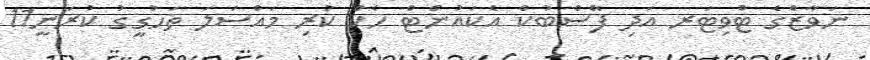
ނަވާޒްގެ ޓްވިޓަރ އަދި ފޭސްބުކް އެކައުންޓް ހެކް ކުރި މައްސަލަ ތަހުގީގު ކުރަނީ11